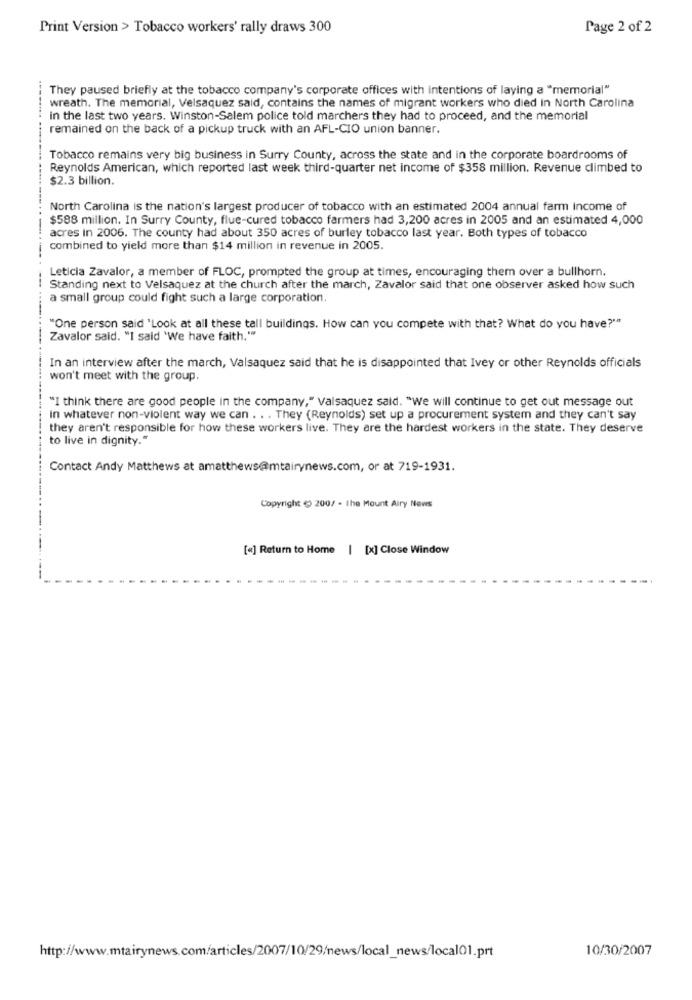
Print Version > Tobacco workers' rally draws 300
Page 2 of 2
They paused briefly at the tobacco company's corporate offices with intentions of laying a "memorial"
wreath. The memorial, Velsaquez said, contains the names of migrant workers who died In North Carolina
in the last two years. Winston-Salem police told marchers they had to proceed, and the memorial
remained on the back of a pickup truck with an AFL-CIO union banner.
Tobacco remains very big business in Surry County, across the state and in the corporate boardrooms of
Reynolds American, which reported last week third-quarter net income of $358 million. Revenue climbed to
$2.3 billion.
North Carolina is the nation's largest producer of tobacco with an estimated 2004 annual farm income of
$588 million. In Surry County, flue-cured tobacco farmers had 3,200 acres in 2005 and an estimated 4,000
acres in 2006. The county had about 350 acres of burley tobacco last year. Both types of tobacco
combined to yield more than $14 million in revenue in 2005.
-------
Leticia Zavalor, a member of FLOC, prompted the group at times, encouraging them over a bullhorn.
Standing next to Velsaquez at the church after the march, Zavalor said that one observer asked how such
a small group could fight such a large corporation.
------..
"One person said 'Look at all these tall buildings. How can you compete with that? What do you have?""
Zavalor said. "I said 'We have faith.""
In an interview after the march, Valsaquez said that he is disappointed that Ivey or other Reynolds officials
won't meet with the group.
"I think there are good people in the company," Valsaquez said. "We will continue to get out message out
in whatever non-violent way we can . . . They (Reynolds) set up a procurement system and they can't say
they aren't responsible for how these workers live. They are the hardest workers in the state. They deserve
to live in dignity."
Contact Andy Matthews at amatthews@mtairynews.com, or at 719-1931.
Copyright ( 200/ - the Mount Airy News
[<] Return to Home | [x] Close Window
10/30/2007
http://www.mtairynews.com/articles/2007/10/29/news/local_news/local01.prt